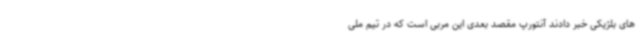
های بلژیکی خبر دادند آنتورپ مقصد بعدی این مربی است که در تیم ملی